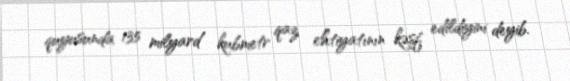
quyusunda 135 milyard kubmetr qaz ehtiyatının kəşf edildiyini deyib.